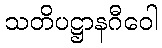
သတိပဋ္ဌာနဂီဝေါ